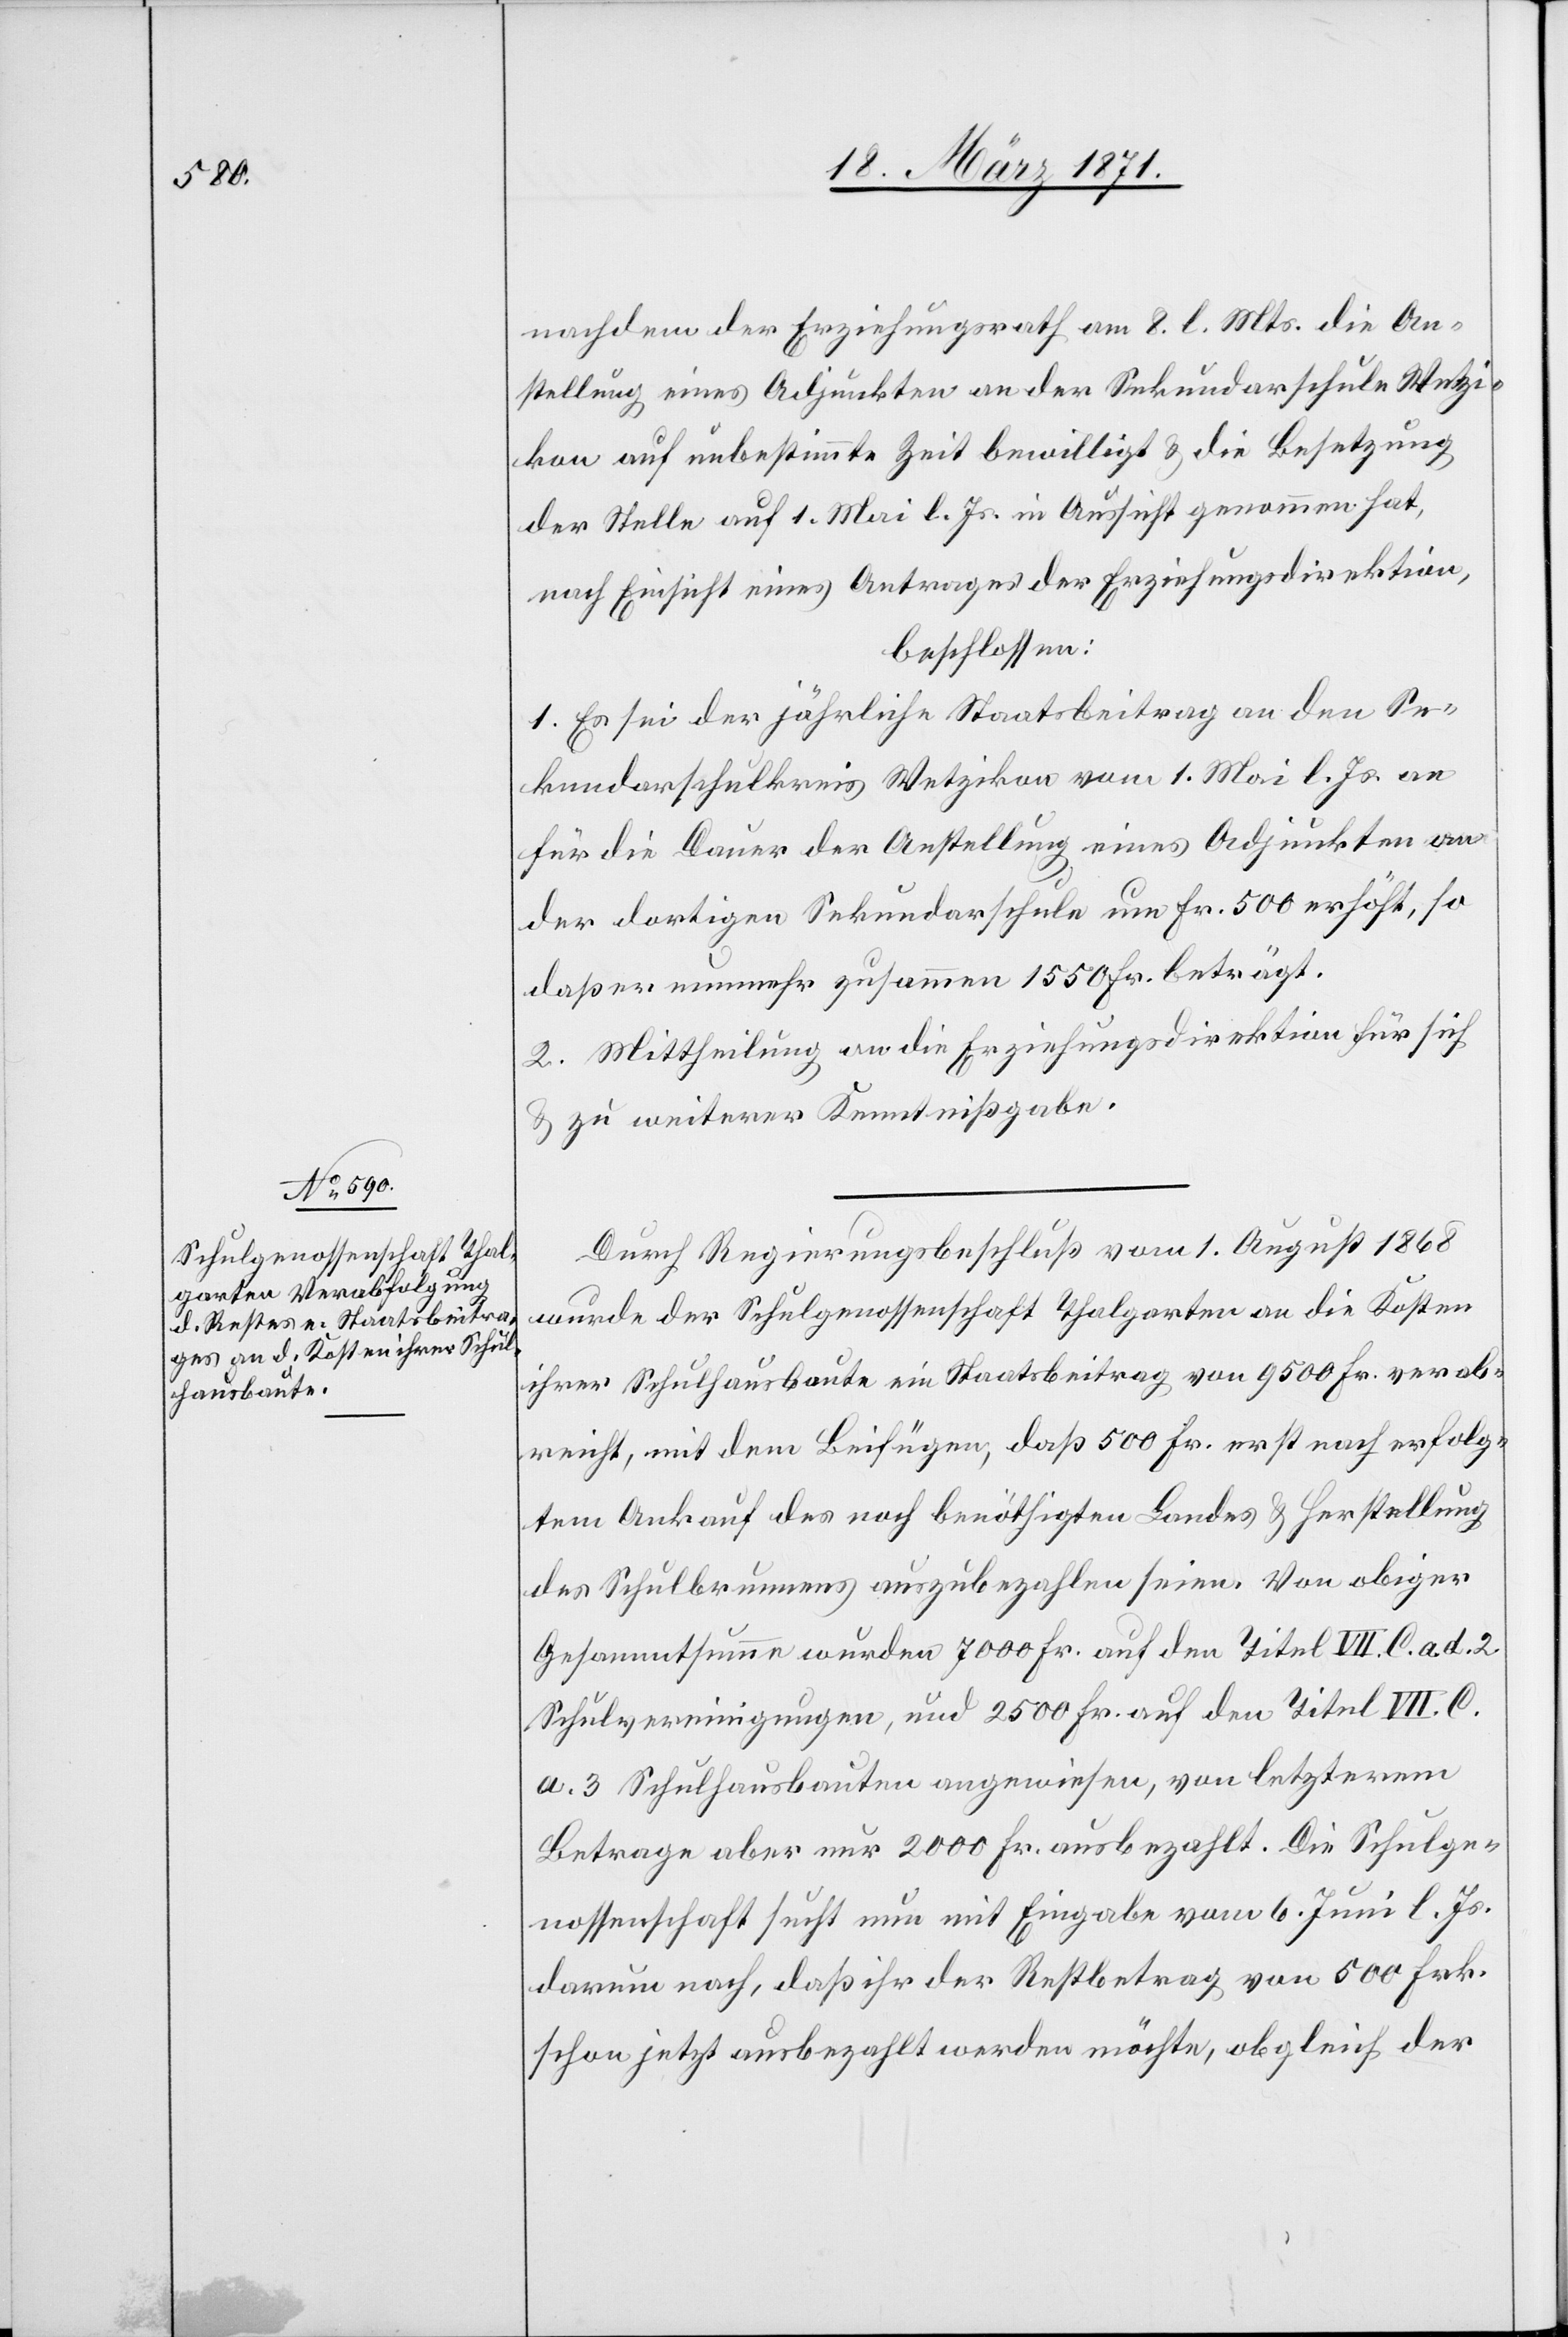
nachdem der Erziehungsrath am 8. l. Mts. die An¬
stellung eines Adjunkten an der Sekundarschule Wetzi¬
kon auf unbestimmte Zeit bewilligt u. die Besetzung
der Stelle auf 1. Mai l. Js. in Aussicht genommen hat,
nach Einsicht eines Antrages der Erziehungsdirektion,
beschlossen:
1. Es sei der jährliche Staatsbeitrag an den Se¬
kundarschulkreis Wetzikon vom 1. Mai l. Js. an
für die Dauer der Anstellung eines Adjunkten an
der dortigen Sekundarschule um Fr. 500 erhöht, so
daß er nunmehr zusammen 1550 Fr. beträgt.
2. Mittheilung an die Erziehungsdirektion für sich
u. zu weiterer Kenntnißgabe.
Durch Regierungsbeschluß vom 1. August 1868
wurde der Schulgenossenschaft Thalgarten an die Kosten
ihrer Schulhausbaute ein Staatsbeitrag von 9500 Fr. verab¬
reicht, mit dem Beifügen, daß 500 Fr. erst nach erfolg¬
tem Ankauf des noch benöthigten Landes u. Herstellung
des Schulbrunnens auszubezahlen seien. Von obiger
Gesammtsumme wurden 7000 Fr. auf den Titel VII. C. a. d. 2
Schulvereinigungen, und 2500 Fr. auf den Titel VII. C.
a. 3 Schulhausbauten angewiesen, von letzterem
Betrage aber nur 2000 Fr. ausbezahlt. Die Schulge¬
nossenschaft sucht nun mit Eingabe vom 6. Juni l. Js.
darum nach, daß ihr der Restbetrag von 500 Frk.
schon jetzt ausbezahlt werden möchte, obgleich der